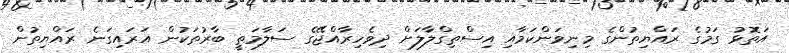
އަތޮޅު ގަމުގެ ރައްޔިތުންގެ މިނިވަންކަމާއި އިސްތިގްލާލަށް ދިވެހިރާއްޖޭގެ ސަލާމަތީ ބާރުތަކުން އަރައިގަނެ ރައްޔިތުން